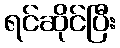
ရင်ဆိုင်ပြီး